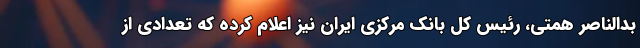
بدالناصر همتی، رئیس کل بانک مرکزی ایران نیز اعلام کرده که تعدادی از